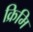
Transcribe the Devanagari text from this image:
क्रिमि